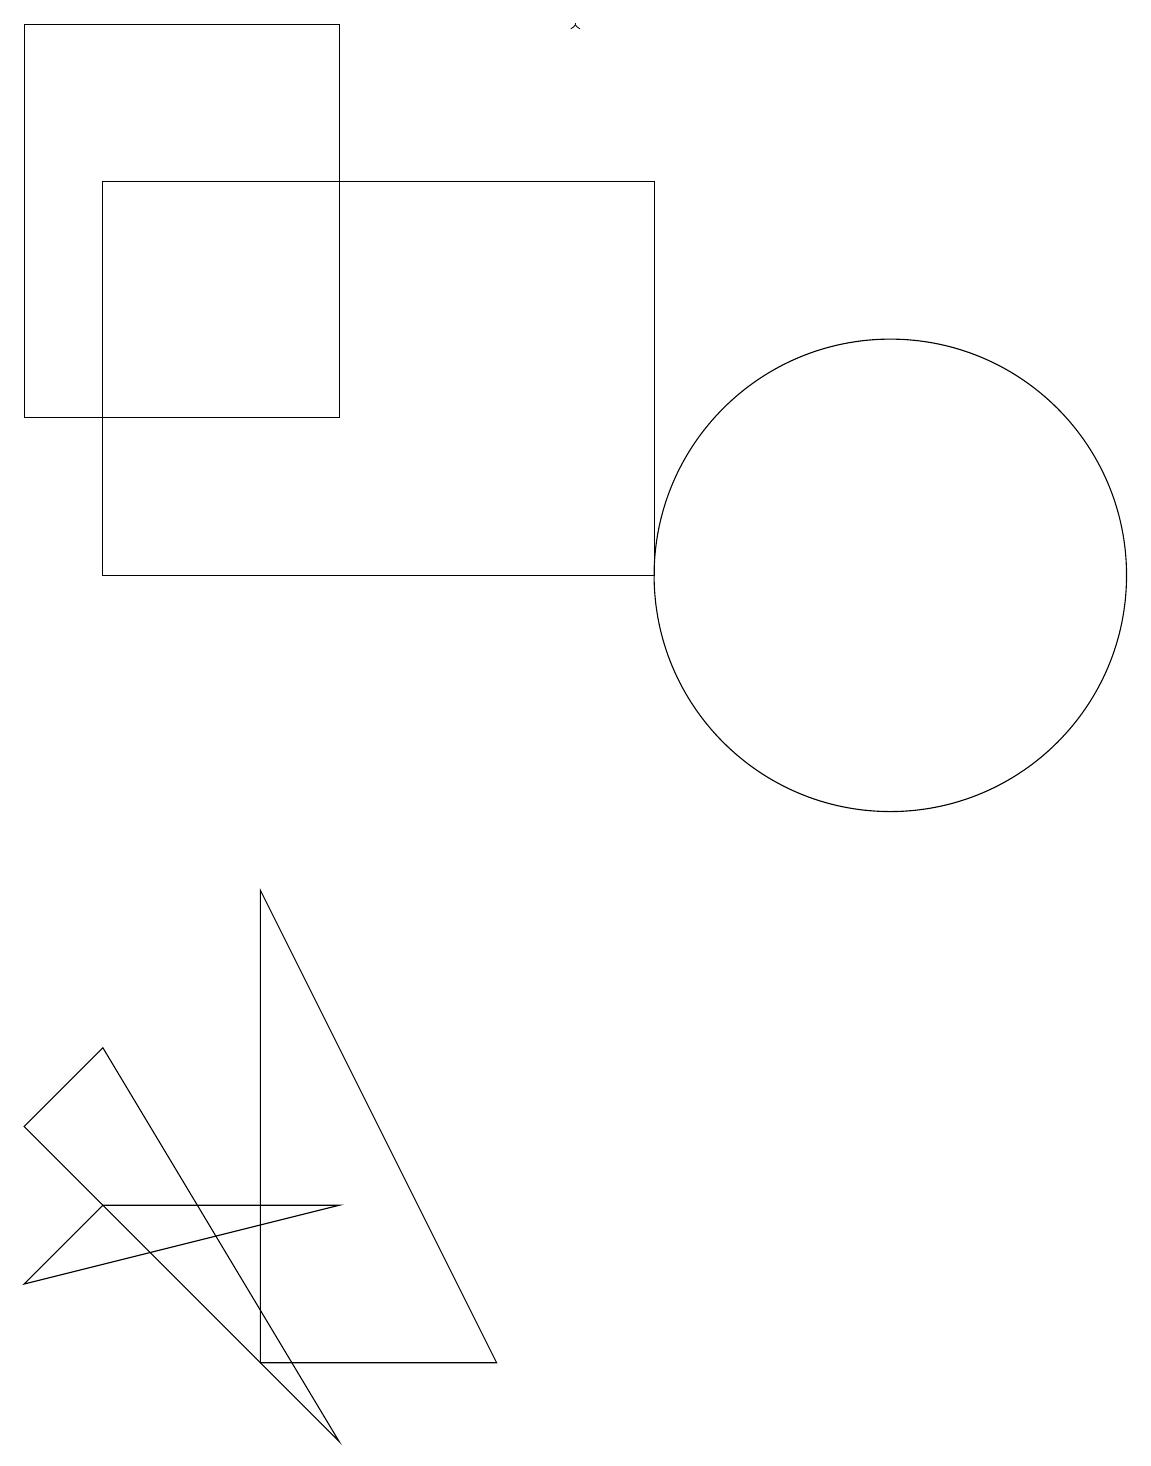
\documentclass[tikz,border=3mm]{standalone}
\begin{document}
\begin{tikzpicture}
\draw (7,1) -- (4,7) -- (4,1) -- cycle;
\draw (1,13) rectangle (5,18);
\draw (2,5) -- (1,4) -- (5,0) -- cycle;
\draw[->] (8,18) -- (8,18);
\draw (2,3) -- (1,2) -- (5,3) -- cycle;
\draw (9,11) rectangle (2,16);
\draw (12,11) circle (3);
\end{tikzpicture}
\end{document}